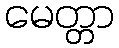
မေတ္တာ